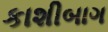
કાશીબાગ